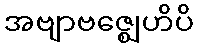
အဗျာဗဇ္ဈေဟိပိ